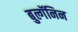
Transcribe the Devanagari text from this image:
बुल्गॅनिन